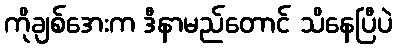
ကိုချစ်အေးက ဒီနာမည်တောင် သိနေပြီပဲ